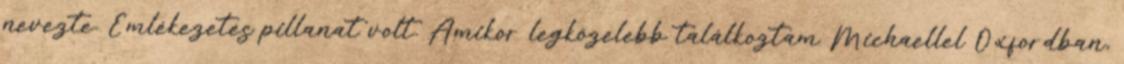
nevezte. Emlékezetes pillanat volt. Amikor legközelebb találkoztam Michaellel Oxfordban,